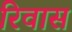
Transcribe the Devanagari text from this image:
रिवास